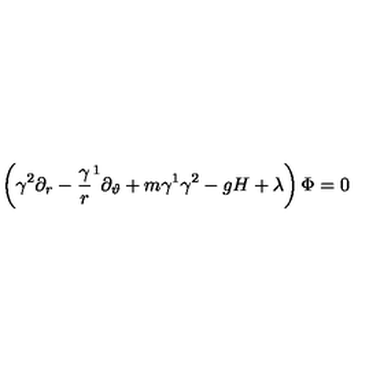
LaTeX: \left( \gamma ^ { 2 } \partial _ { r } - { \frac \gamma r } ^ { 1 } \partial _ { \vartheta } + m \gamma ^ { 1 } \gamma ^ { 2 } - g H + \lambda \right) \Phi = 0